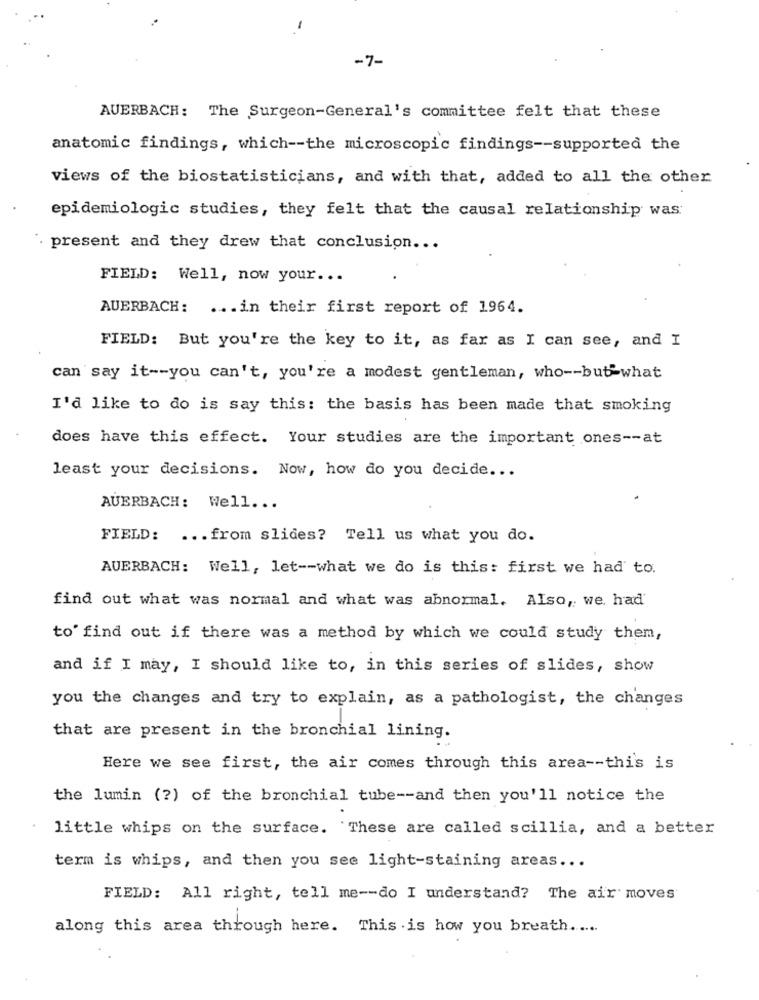
-
-7-
AUERBACH: The Surgeon-General's committee felt that these
anatomic findings, which -- the microscopic findings -- supported the
views of the biostatisticians, and with that, added to all the other
epidemiologic studies, they felt that the causal relationship was:
present and they drew that conclusion ...
FIELD: Well, now your ...
AUERBACH: ... in their first report of 1964.
FIELD: But you're the key to it, as far as I can see, and I
can say it -- you can't, you're a modest gentleman, who -- but-what
I'd like to do is say this: the basis has been made that smoking
does have this effect. Your studies are the important ones -- at
least your decisions. Now, how do you decide ...
AUERBACH: Well ...
FIELD: ... from slides? Tell us what you do.
AUERBACH: Well, let -- what we do is this: first we had to.
find out what was normal and what was abnormal. Also, we. had'
to' find out if there was a method by which we could study them,
and if I may, I should like to, in this series of slides, show
you the changes and try to explain, as a pathologist, the changes
that are present in the bronchial lining.
Here we see first, the air comes through this area -- this is
the lumin (?) of the bronchial tube -- and then you'll notice the
little whips on the surface. These are called scillia, and a better
term is whips, and then you see light-staining areas ...
FIELD: All right, tell me -- do I understand? The air moves
along this area through here. This is how you breath .....